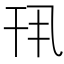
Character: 𫷖